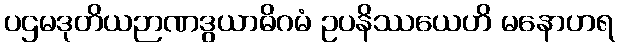
ပဌမဒုတိယဉာဏဒွယာဓိဂမံ ဥပနိဿယေဟိ မနောဟရ